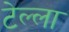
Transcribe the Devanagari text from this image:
टेल्ला